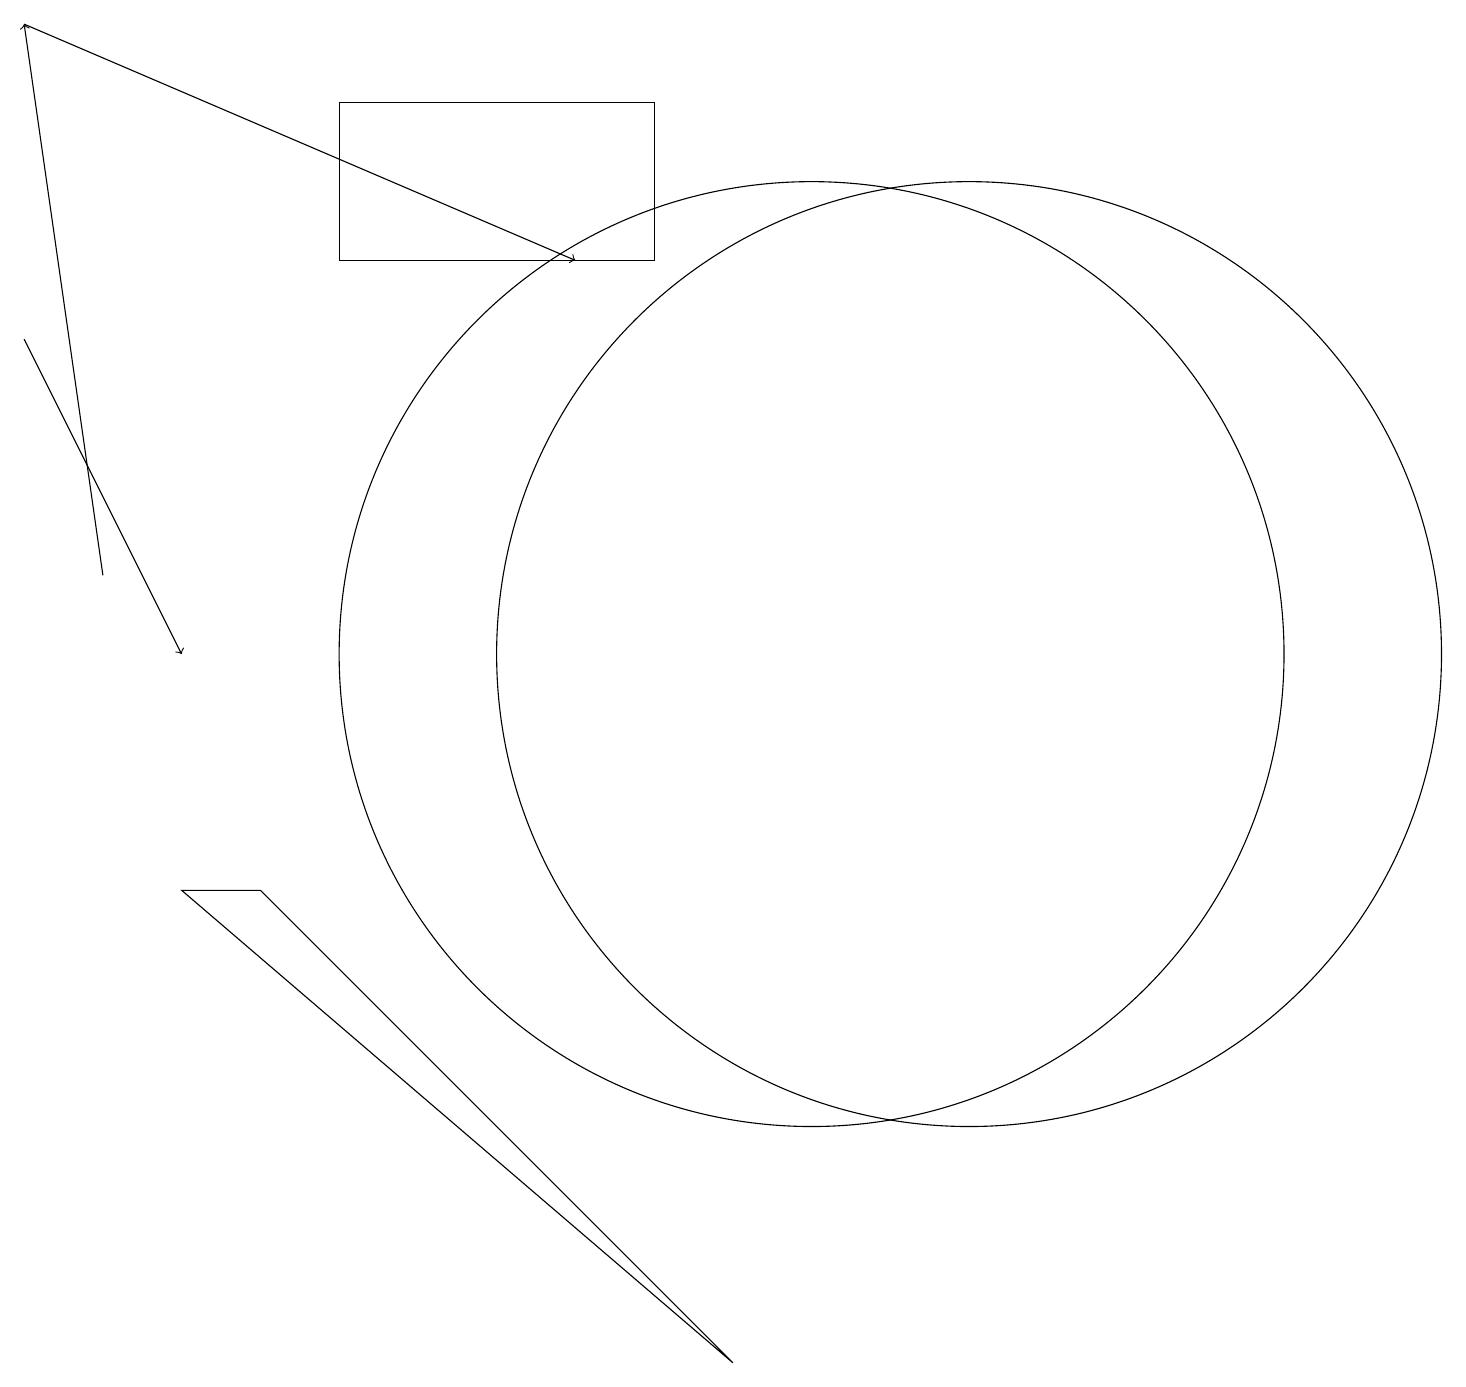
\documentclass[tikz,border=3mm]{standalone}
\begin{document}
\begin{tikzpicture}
\draw (2,8) -- (3,8) -- (9,2) -- cycle;
\draw[->] (0,15) -- (2,11);
\draw[->] (1,12) -- (0,19);
\draw (10,11) circle (6);
\draw (4,18) rectangle (8,16);
\draw (12,11) circle (6);
\draw[->] (0,19) -- (7,16);
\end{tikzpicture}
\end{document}